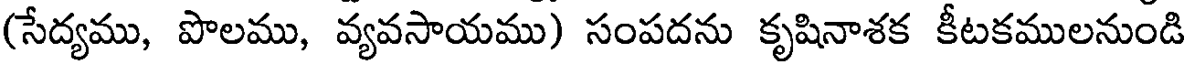
(సేద్యము, పొలము, వ్యవసాయము) సంపదను కృషినాశక కీటకములనుండి